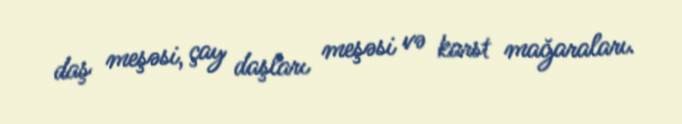
daş meşəsi, çay daşları meşəsi və karst mağaraları.